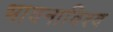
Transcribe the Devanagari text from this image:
भावनाविश्व